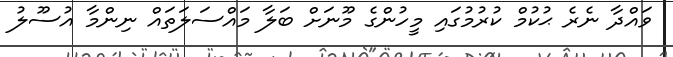
ވައްދާ ނެރެ ޙުކުމް ކުރުމުގައި މީހުންގެ މޫނަށް ބަލާ މައްސަލަތައް ނިންމާ އުސޫލު